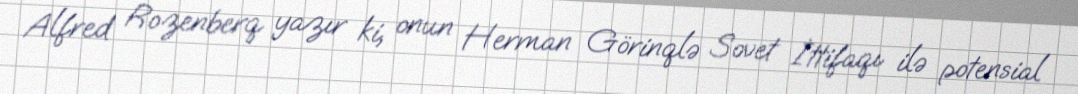
Alfred Rozenberq yazır ki, onun Herman Görinqlə Sovet İttifaqı ilə potensial